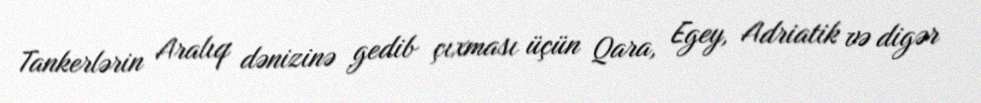
Tankerlərin Aralıq dənizinə gedib çıxması üçün Qara, Egey, Adriatik və digər